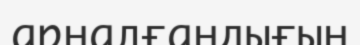
арналғандығын